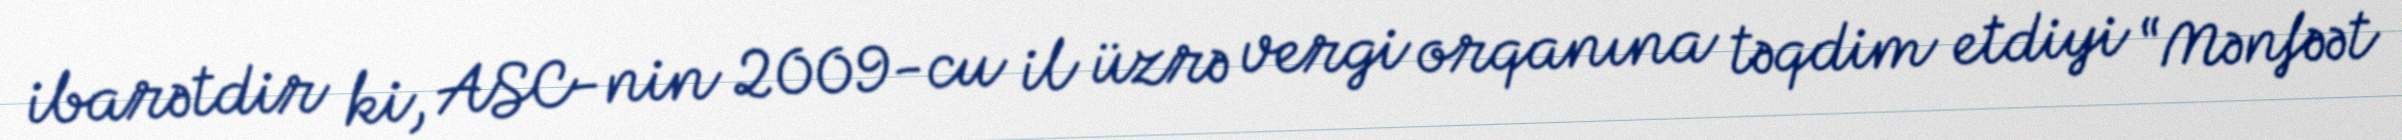
ibarətdir ki, ASC-nin 2009-cu il üzrə vergi orqanına təqdim etdiyi “Mənfəət